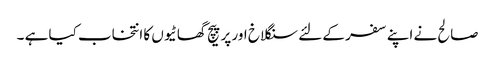
صالح نے اپنے سفر کے لئے سنگلاخ اور پر پیچ گھاٹیوں کا انتخاب کیا ہے ۔